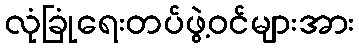
လုံခြုံရေးတပ်ဖွဲ့ဝင်များအား